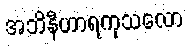
အဘိနီဟာရကုသလော